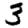
Digit: 3